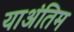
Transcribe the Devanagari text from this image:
याअंतिम